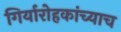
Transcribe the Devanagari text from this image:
गिर्यारोहकांच्याच